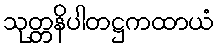
သုတ္တနိပါတဋ္ဌကထာယံ